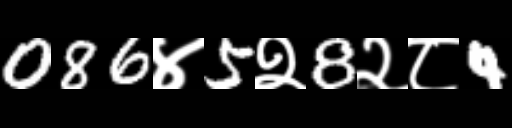
Text: 086४5२8२८4